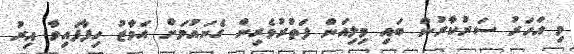
މި އަހަރު ސަރުކާރުން ބައި މިލިއަން ފަތުރުވެރިން ގެނައުމަށް އަމާޒު ހިފާފައިވާ އިރު